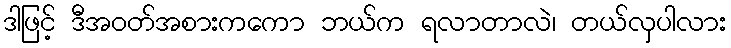
ဒါဖြင့် ဒီအဝတ်အစားကကော ဘယ်က ရလာတာလဲ၊ တယ်လှပါလား